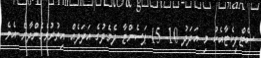
ސެޓްފިކެޓާއެކު މި އަދަދު 10- 15 ޕަސެންޓާ ދެމެދުގެ އަދަދެއް އިތުރުވެގެންދާނެ އެވެ.